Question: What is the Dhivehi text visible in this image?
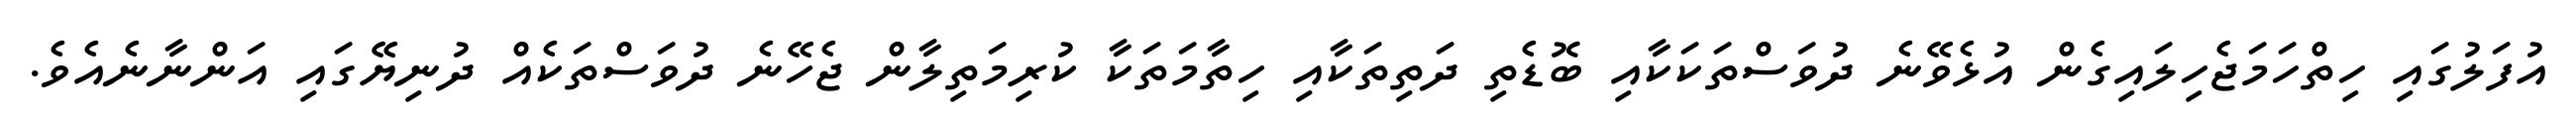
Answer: އުފަލުގައި ހިތްހަމަޖެހިލައިގެން އުޅެވޭނެ ދުވަސްތަކަކާއި ބޮޑެތި ދަތިތަކާއި ހިތާމަތަކާ ކުރިމަތިލާން ޖެހޭނެ ދުވަސްތަކެއް ދުނިޔޭގައި އަންނާނެއެވެ.